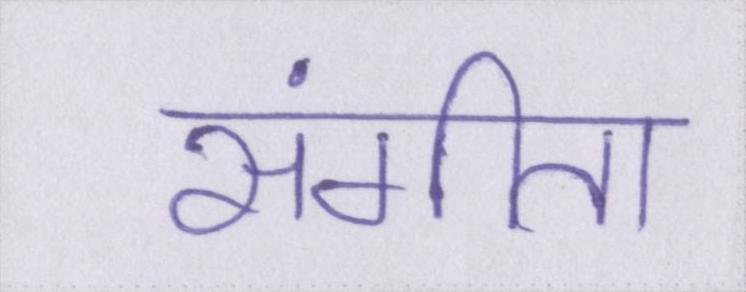
संगीता